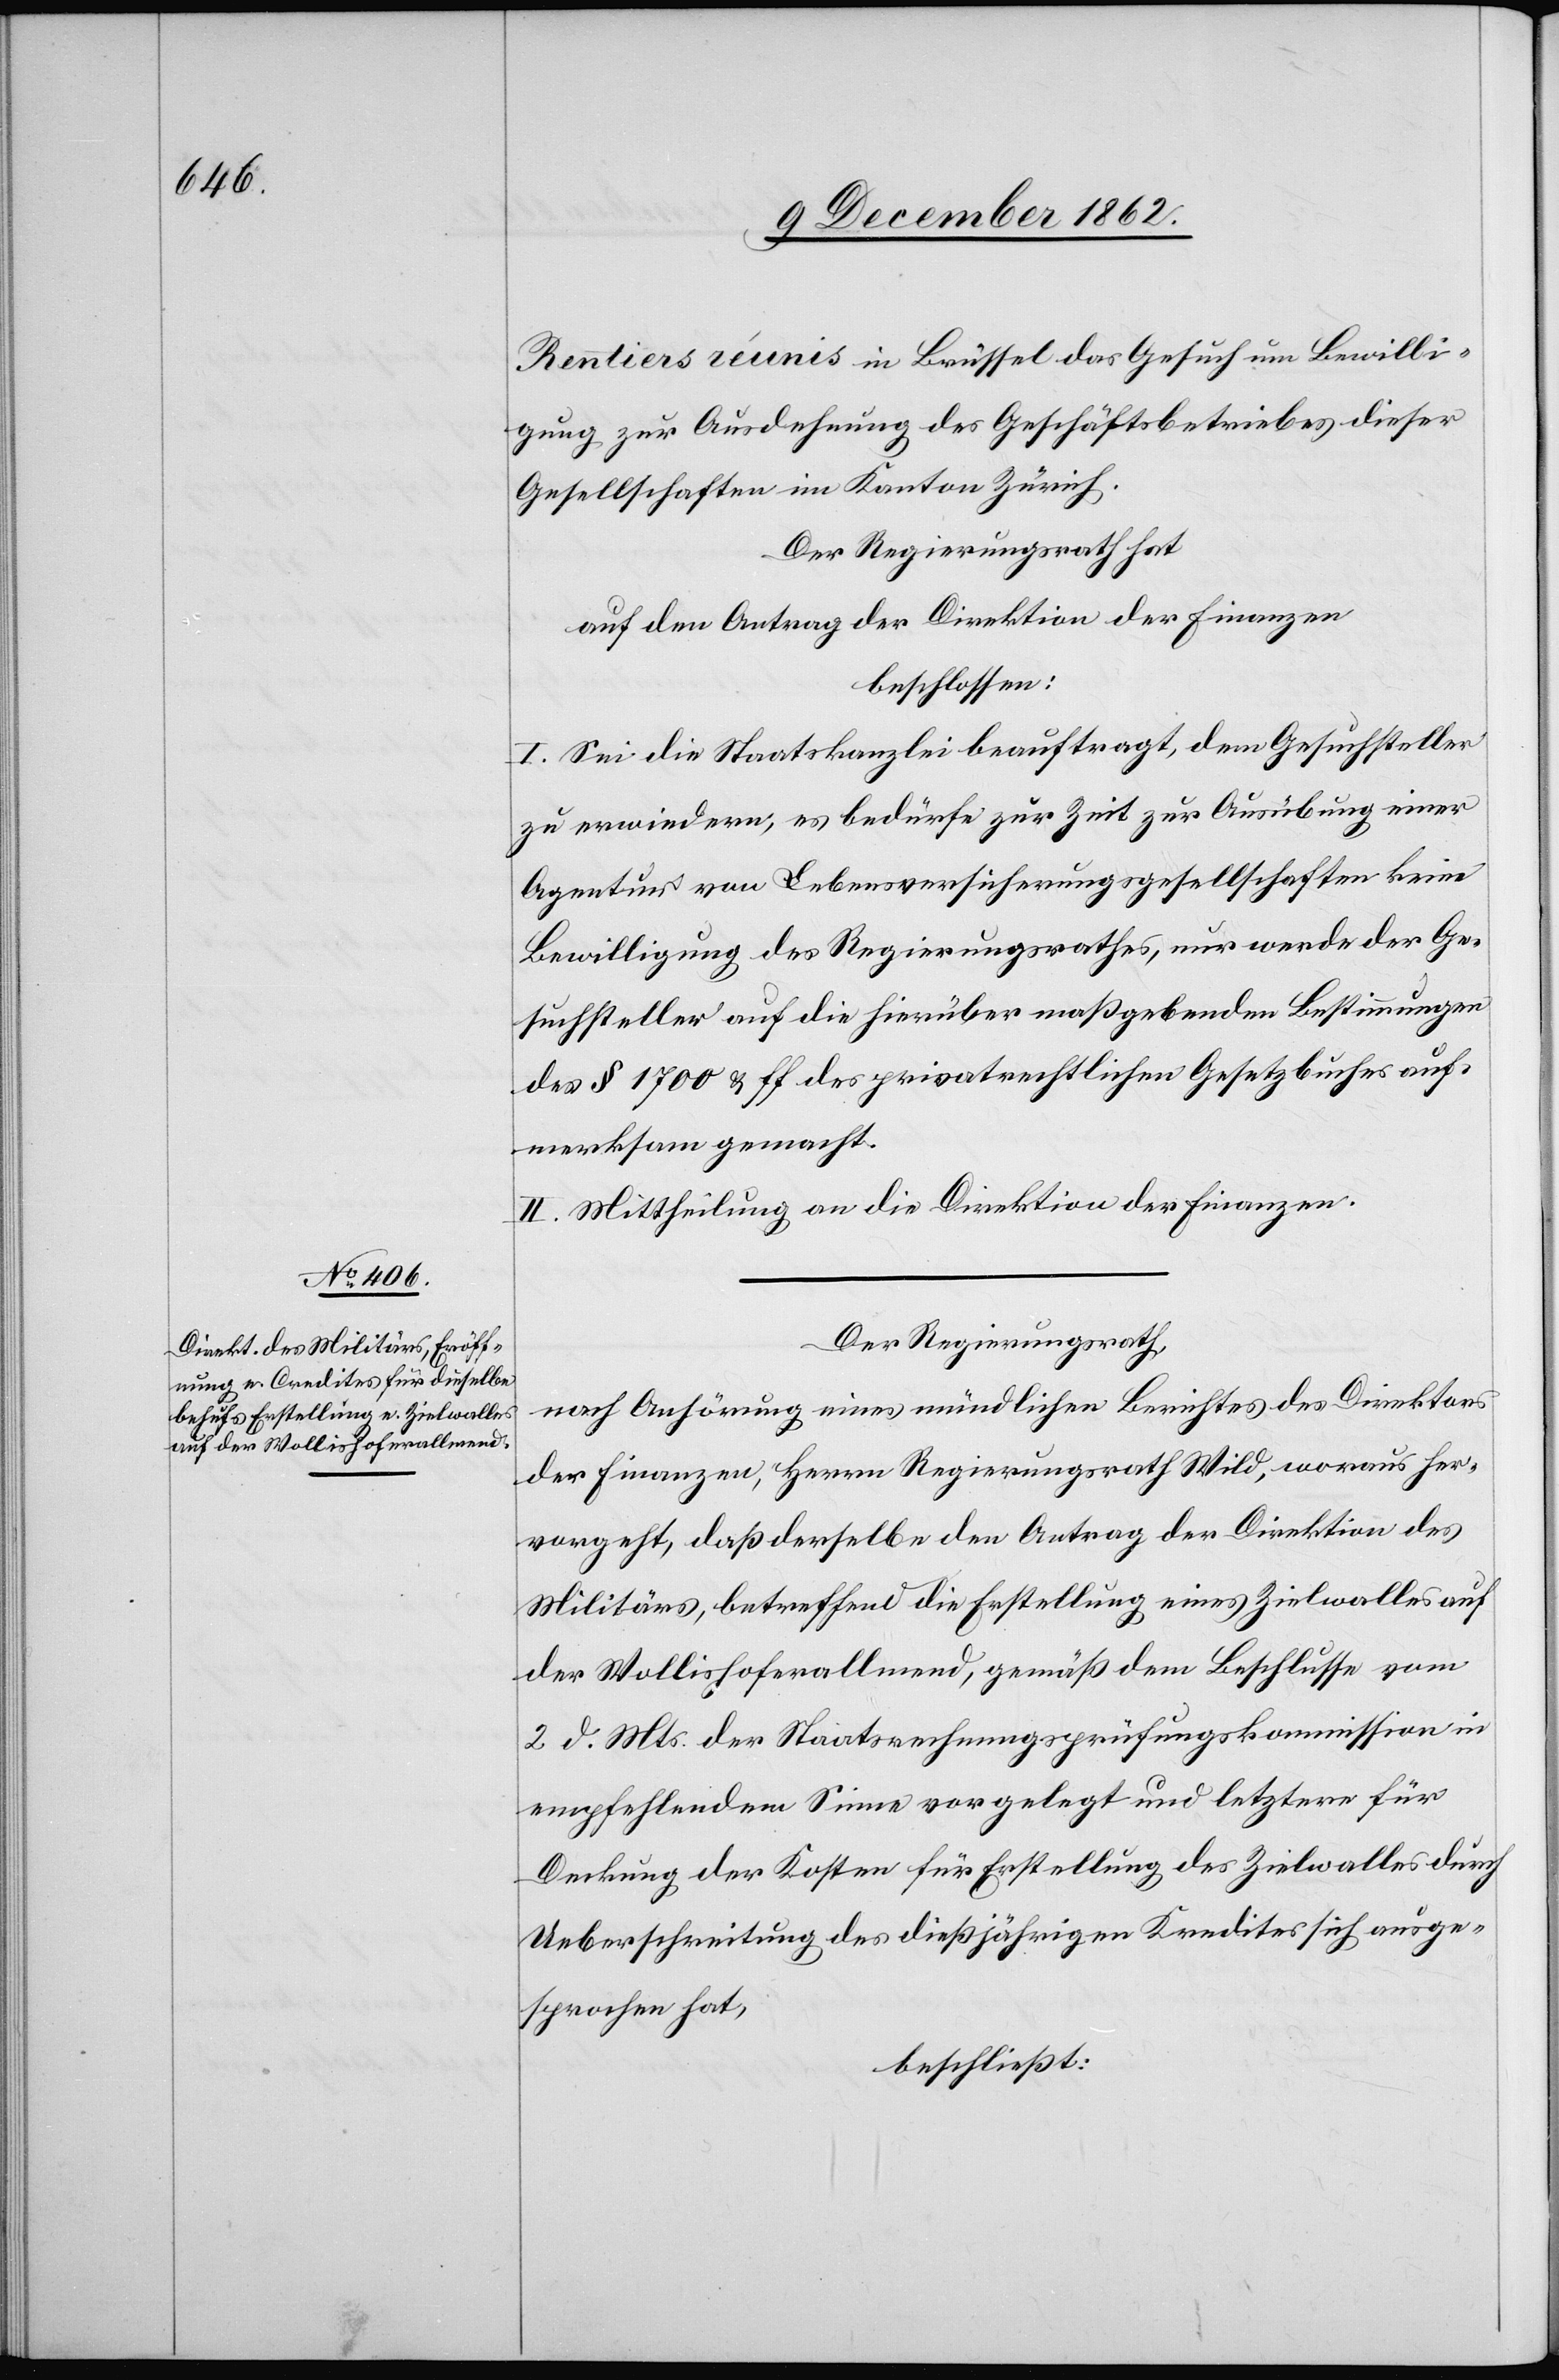
Rentiers réunis in Brüssel das Gesuch um Bewilli¬
gung zur Ausdehnung des Geschäftsbetriebes dieser
Gesellschaften im Kanton Zürich.
Der Regierungsrath hat
auf den Antrag der Direktion der Finanzen
beschlossen:
I. Sei die Staatskanzlei beauftragt, dem Gesuchsteller
zu erwiedern, es bedürfe zur Zeit zur Ausübung einer
Agentur von Lebensversicherungsgesellschaften keine
Bewilligung des Regierungsrathes, nur werde der Ge¬
suchsteller auf die hierüber maßgebenden Bestimmungen
des § 1700 u. ff. des privatrechtlichen Gesetzbuches auf¬
merksam gemacht.
II. Mittheilung an die Direktion der Finanzen.
Der Regierungsrath
auf Anhörung eines mündlichen Berichtes des Direktors
der Finanzen, Herrn Regierungsrath Wild, woraus her¬
vorgeht, daß derselbe den Antrag der Direktion des
Militärs, betreffend die Erstellung eines Zielwalles auf
der Wollishoferallmend, gemäß dem Beschlusse vom
2. d. Mts. der Staatsrechnungsprüfungskommission in
empfehlendem Sinne vorgelegt und letztere für
Deckung der Kosten für Erstellung des Zielwalles durch
Ueberschreitung des dießjährigen Kredites sich ausge¬
sprochen hat,
beschließt: